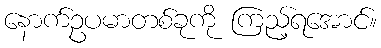
နောက်ဥပမာတစ်ခုကို ကြည့်ရအောင်။